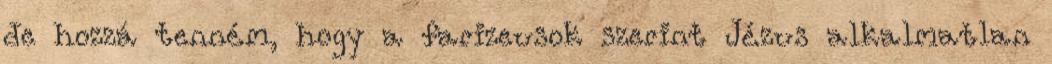
de hozzá tenném, hogy a farizeusok szerint Jézus alkalmatlan